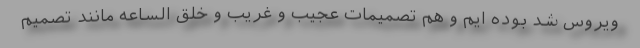
ویروس شد بوده ایم و هم تصمیمات عجیب و غریب و خلق الساعه مانند تصمیم